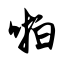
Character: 啪